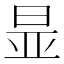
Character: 㫫